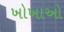
ખોખાઓ